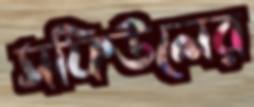
সফিউলের